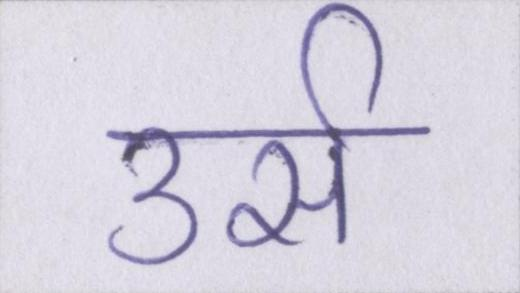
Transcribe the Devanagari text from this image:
उर्स